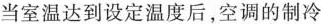
当室温达到设定温度后，空调的制冷